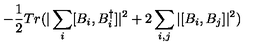
- \frac { 1 } { 2 } T r ( | \sum _ { i } [ B _ { i } , B _ { i } ^ { \dagger } ] | ^ { 2 } + 2 \sum _ { i , j } | [ B _ { i } , B _ { j } ] | ^ { 2 } )